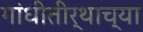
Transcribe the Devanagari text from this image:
गांधीतीर्थाच्या